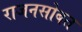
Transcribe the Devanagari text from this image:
राजनसोबत